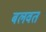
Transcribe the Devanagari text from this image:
बलवत